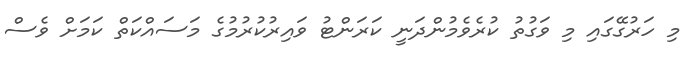
މި ހަރުގޭގައި މި ވަގުތު ކުރެވެމުންދަނީ ކަރަންޓު ވައިރުކުރުމުގެ މަސައްކަތް ކަމަށް ވެސް